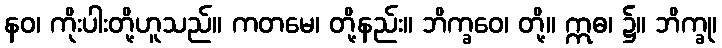
နဝ၊ ကိုးပါးတို့ဟူသည်။ ကတမေ၊ တို့နည်း။ ဘိက္ခဝေ၊ တို့။ ဣဓ၊ ၌။ ဘိက္ခု၊